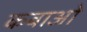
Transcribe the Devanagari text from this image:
कबाओ